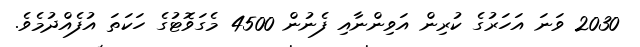
2030 ވަނަ އަހަރުގެ ކުރިން އަވިންނާއި ފެނުން 4500 މެގަވޮޓުގެ ހަކަތަ އުފެއްދުމެވެ.